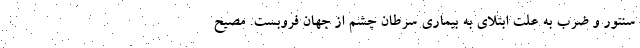
سنتور و ضرب به علت ابتلای به بیماری سرطان چشم از جهان فروبست. مصیح